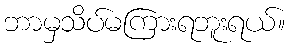
ဘာမှသိပ်မကြားရဘူးရယ်။